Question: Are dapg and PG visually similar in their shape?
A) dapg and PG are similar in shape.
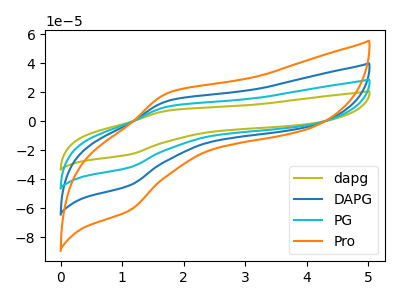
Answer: <think>The olive curve "dapg" has an anodic peak at (1.75V, 7.30uA) and a cathodic peak at (1.10V, -23.05uA). The blue curve "DAPG" has an anodic peak at (1.75V, 20.30uA) and a cathodic peak at (1.10V, -64.05uA). The cyan curve "PG" has an anodic peak at (1.75V, 10.15uA) and a cathodic peak at (1.10V, -32.00uA). The orange curve "Pro" has an anodic peak at (1.75V, 30.45uA) and a cathodic peak at (1.10V, -96.05uA).
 All the peaks in "dapg" have a peak in "PG" at the same potential. Every peak in "dapg" is lower than every peak in "PG".</think>
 <answer>A) "dapg" and "PG" are similar in shape.</answer>
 <eval>A</eval>